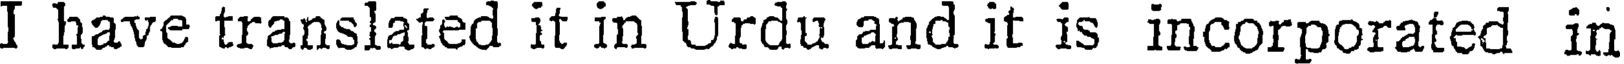
I have translated it in Urdu and it is incorporated in